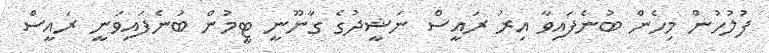
ފުލުހުން މިހެން ބުނެފައިވާ އިރު ރައީސް ނަޝީދުގެ ގާނޫނީ ޓީމުން ބުނެފައިވަނީ ރައީސް